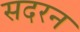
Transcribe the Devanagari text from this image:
सदरन